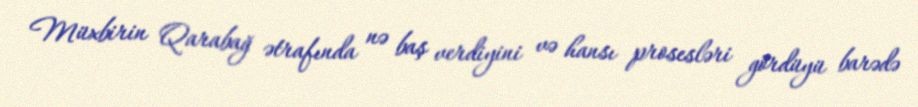
Müxbirin Qarabağ ətrafında nə baş verdiyini və hansı prosesləri gördüyü barədə